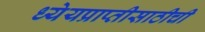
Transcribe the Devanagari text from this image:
ध्येयप्राप्तीसाठीची